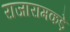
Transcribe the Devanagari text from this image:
राजारामकड़े